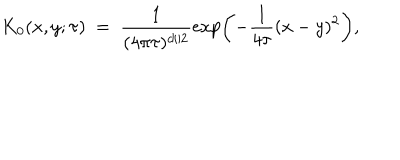
K _ { 0 } ( x , y ; \tau ) \ = \ \frac { 1 } { ( 4 \pi \tau ) ^ { d / 2 } } \exp \left( - \frac { 1 } { 4 \tau } ( x - y ) ^ { 2 } \right) ,